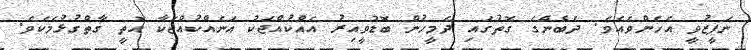
ނަފީޒުވީ އެހެންވެއެވެ. ދެބެންގެ ގޮތުގައި ދެމީހުން ބޮޑުވީއިރު އެއްކުއްޖަކު އަނެއްކުއްޖަކާ އޮތީ ގާތްގުޅުމެކެވެ.